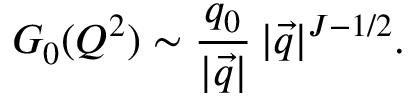
G _ { 0 } ( Q ^ { 2 } ) \sim \frac { q _ { 0 } } { | \vec { q } | } \, | \vec { q } | ^ { J - 1 / 2 } .